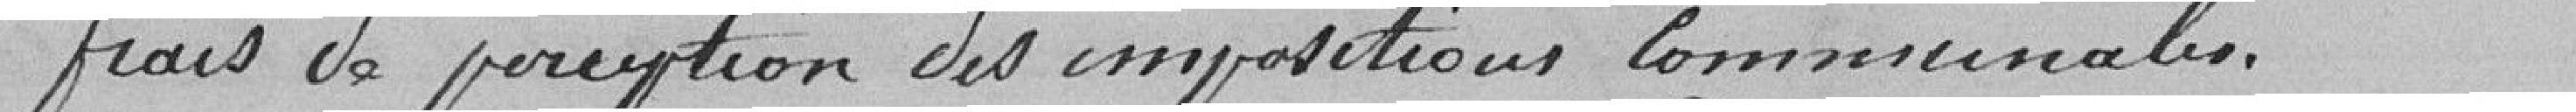
Frais de perceptions des  impositions communales